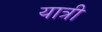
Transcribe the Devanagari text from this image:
यात्री